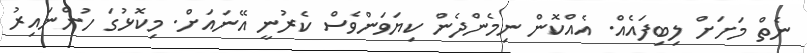
ނެތް މަށަށް ލިބިފައެއް. އެއްކޮން ނިމެންދެން ކިޔަވަންވެސް ކެރުނީ އޭނައަށް. މިކޮޅުގަ ހުންނައިރު